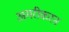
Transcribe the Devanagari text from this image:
अमरीकरन